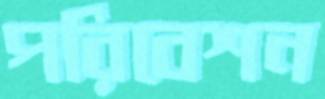
পরিবেশন